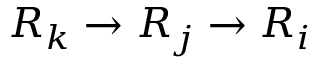
R _ { k } \to R _ { j } \to R _ { i }